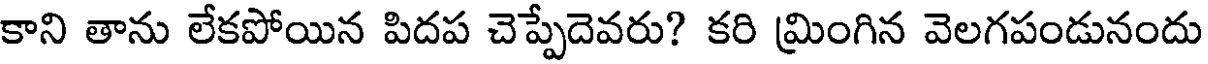
కాని తాను లేకపోయిన పిదప చెప్పేదెవరు? కరి మింగిన వెలగపండునందు